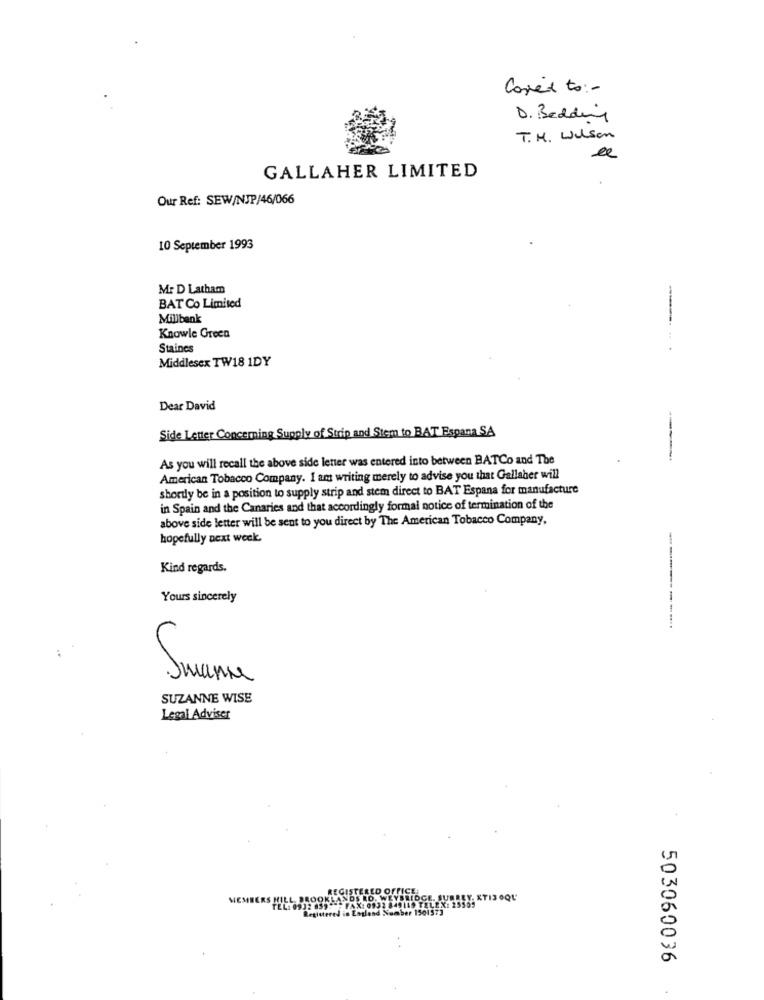
Copied to :-
D. Bedding
T. M . Wilson
de
GALLAHER LIMITED
Our Ref: SEW/NJP/46/066
10 September 1993
Mr D Latham
BAT Co Limited
Millbank
Knowle Green
Staines
Middlesex TW18 1DY
Dear David
Side Letter Concerning Supply of Strip and Stem to BAT Espana SA
As you will recall the above side letter was entered into between BATCo and The
American Tobacco Company. I am writing merely to advise you that Gallaher will
shortly be in a position to supply strip and stem direct to BAT Espana for manufacture
in Spain and the Canaries and that accordingly formal notice of termination of the
above side letter will be sent to you direct by The American Tobacco Company,
hopefully next week
Kind regards.
Yours sincerely
Juan
SUZANNE WISE
Legal Adviser
.QU
stered i
503060036